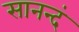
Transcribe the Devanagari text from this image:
सानन्दं